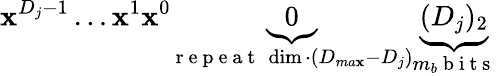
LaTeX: \boldsymbol{\mathbf{x}}^{D_{j}-1}\ldots\boldsymbol{\mathbf{x}}^{1}\boldsymbol{\mathbf{x}}^{0}\underbrace{{0}}_{\mathrm{{~r~e~p~e~a~t~}}\ \dim\cdot(D_{ma\mathbf{x}}-D_{j})}\underbrace{{(D_{j})_{2}}}_{m_{b}\mathrm{{~b~i~t~s~}}}